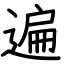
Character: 遍